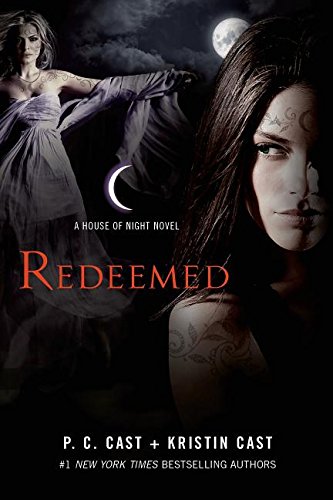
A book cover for Redeemed: A House of Night Novel (House of Night Novels); P. C. Cast; Teen & Young Adult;